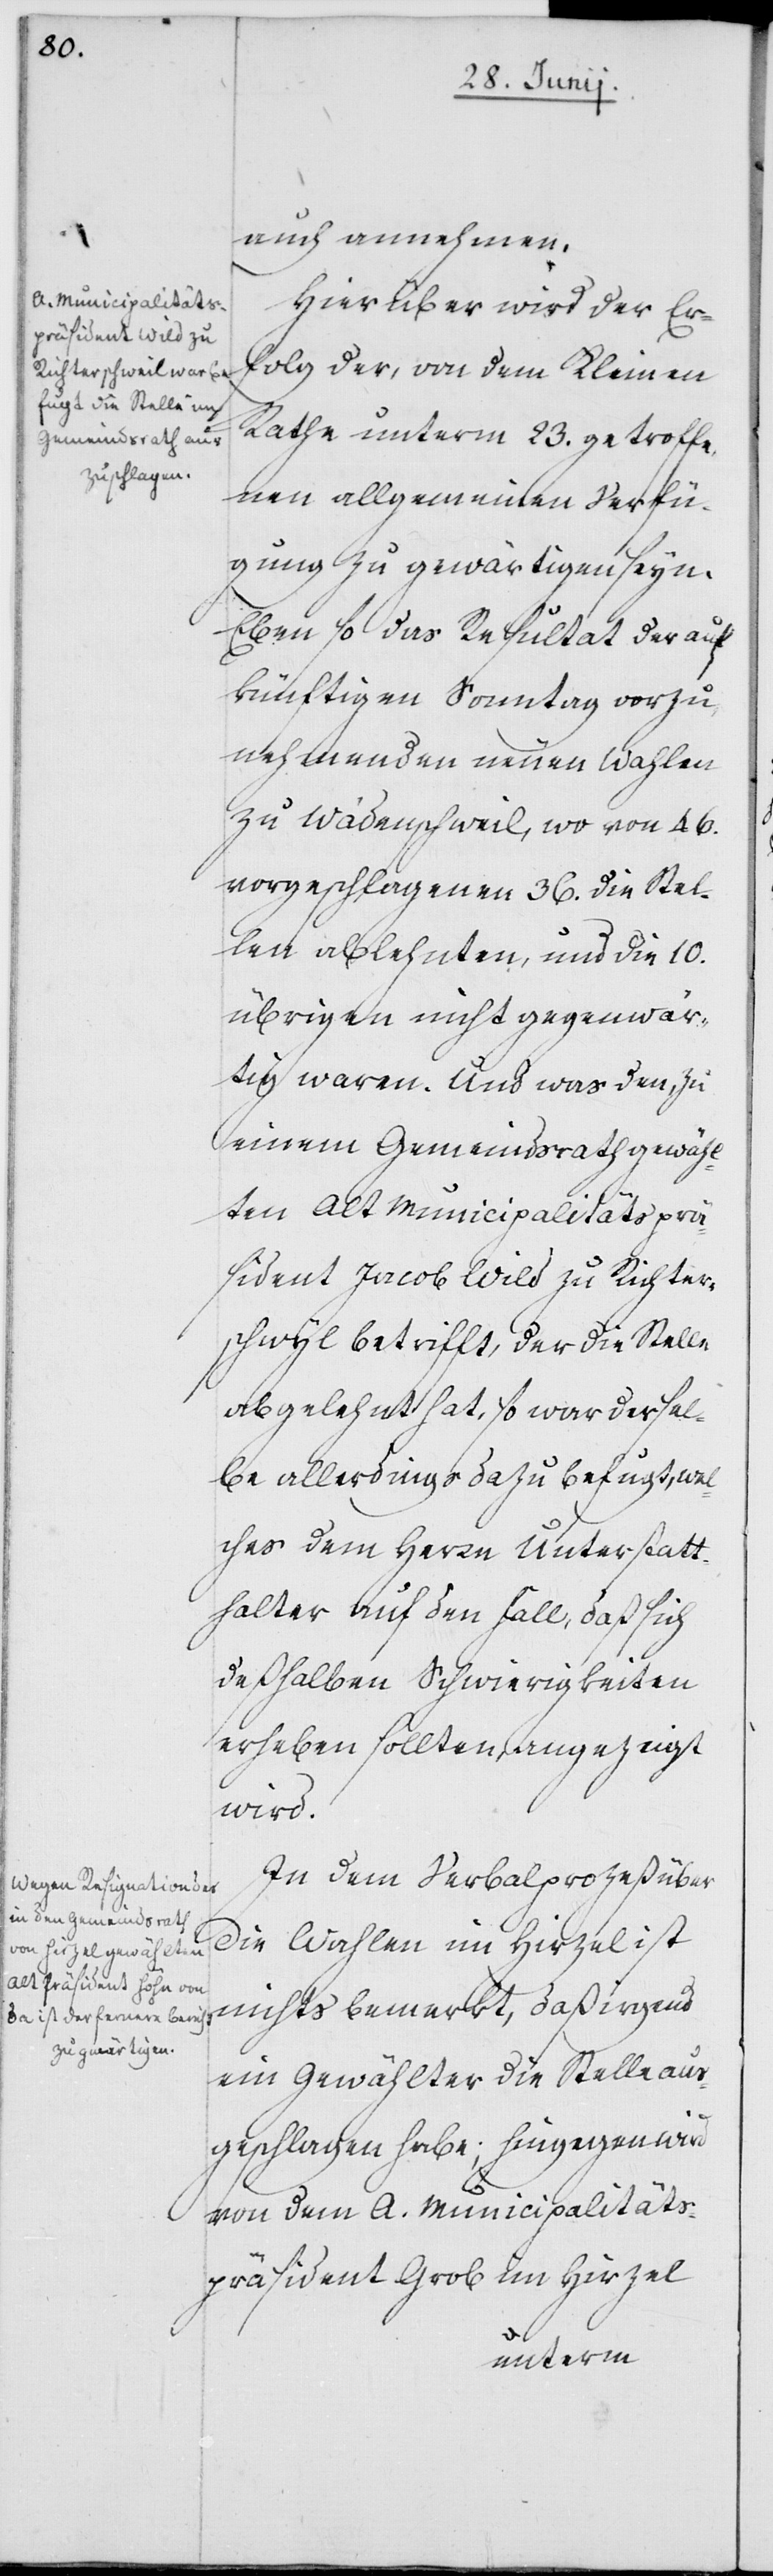
auch annehmen.
Hierüber wird der Er¬
folg der, von dem Kleinen
Rathe unterm 23. getroffe¬
nen allgemeinen Verfü¬
gung zu gewärtigen seyn.
Eben so das Resultat der auf
künftigen Sonntag vorzu¬
nehmenden neuen Wahlen
zu Wädenschweil, wo von 46.
vorgeschlagenen 36. die Stel¬
le ablehnten, und die 10.
übrigen nicht gegenwär¬
tig waren. Und was den, zu
einem Gemeindsrath gewähl¬
ten Alt Municipalitätsprä¬
sident Jacob Wild zu Richter¬
schwyl [sic!] betrifft, der die Stelle
abgelehnt hat, so war dersel¬
be allerdings dazu befugt, wel¬
ches dem Herrn Unterstatt¬
halter auf den Fall, daß sich
deßhalben Schwierigkeiten
erheben sollten, angezeigt
wird.
In dem Verbalprozeß über
die Wahlen im Hirzel ist
nichts bemerkt, daß irgend
ein Gewählter die Stelle aus¬
geschlagen habe; hingegen wird
von dem A. Municipalitäts¬
präsident Grob im Hirzel